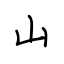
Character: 山